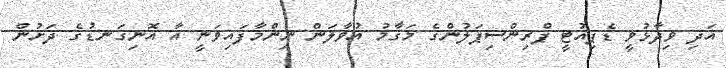
އަދި ވިދާޅުވީ ޑެޕިއުޓީ ޕްރިންސިޕަލުންގެ މަގާމު އުވާލަން ނިންމާފައިވަނީ އާ އޮނިގަނޑުގެ ދަށުން